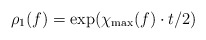
\begin{align*}\rho_{1}(f)=\exp(\chi_{\max}(f)\cdot t/2) \end{align*}